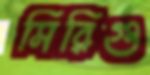
সিরিগু